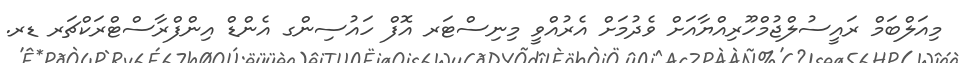
މިއަލްބަމް ރައީސުލްޖުމްހޫރިއްޔާއަށް ވެދުމަށް އެރުއްވީ މިނިސްޓަރ އޮފް ހައުސިންގ އެންޑް އިންފްރާސްޓްރަކްޗަރ ޑރ.